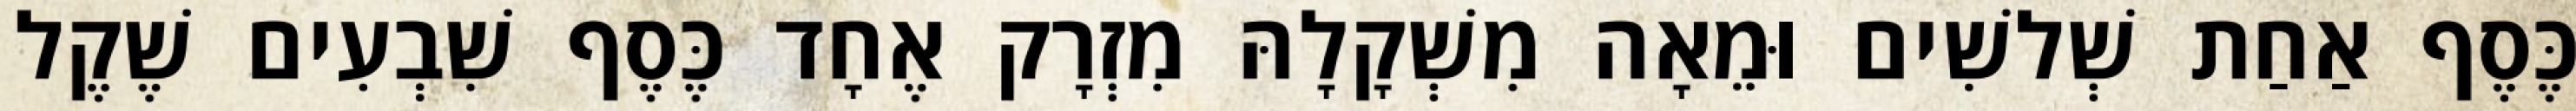
כֶּסֶף אַחַת שְׁלשִׁים וּמֵאָה מִשְׁקָלָהּ מִזְרָק אֶחָד כֶּסֶף שִׁבְעִים שֶׁקֶל